Civil Veterinary Department. United Provinces 1923-31 - 1923-1931
Year: 1923
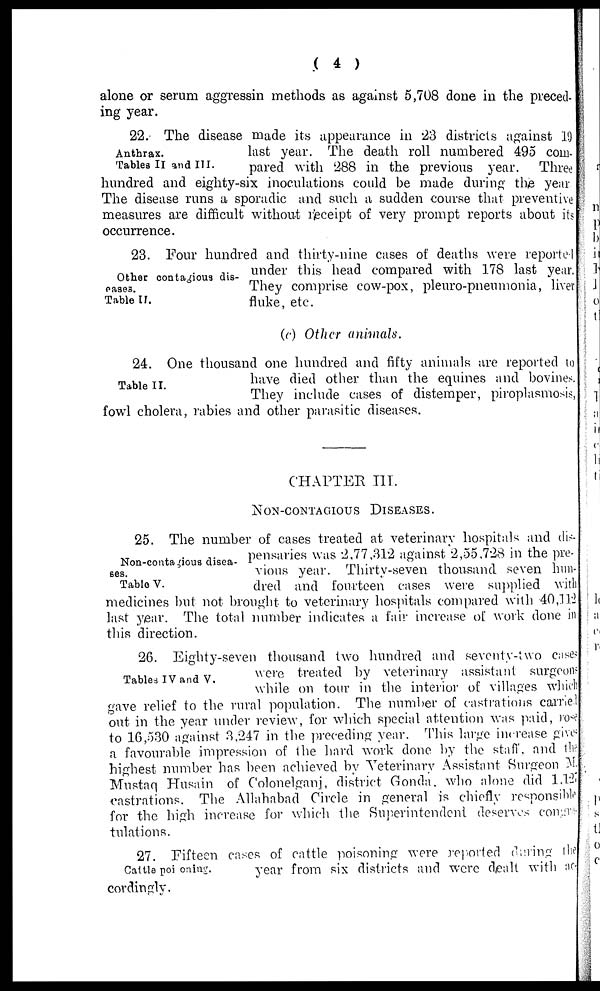
( 4 )
alone or serum aggressin methods as against 5,708 done in the preced-
ing year.
Anthrax.
Tables II and III.
22. The disease made its appearance in 23 districts against 19
last year. The death roll numbered 495 com-
pared with 288 in the previous year. Three
hundred and eighty-six inoculations could be made during the year.
The disease runs a sporadic and such a sudden course that preventive
measures are difficult without receipt of very prompt reports about its
occurrence.
Other contagious dis-
eases.
Table II.
23. Four hundred and thirty-nine cases of deaths were reported
under this head compared with 178 last year.
They comprise cow-pox, pleuro-pnennionia, liver
fluke, etc.
(c) Other animals.
Table II.
24. One thousand one hundred and fifty animals are reported to
have died other than the equines and bovines.
They include cases of distemper, piroplasmosis,
fowl cholera, rabies and other parasitic diseases.
CHAPTER III.
NON-CONTAGIOUS DISEASES.
Non-contagious disea-
ses.
Table V.
25. The number of cases treated at veterinary hospitals and dis-
pensaries was 2,77,312 against 2,55,728 in the pre-
vious year. Thirty-seven thousand seven hun-
dred and fourteen cases were supplied with
medicines but not brought to veterinary hospitals compared with 40,112
last year. The total number indicates a fair increase of work done in
this direction.
Tables IV and V.
26. Eighty-seven thousand two hundred and seventy-two cases
were treated by veterinary assistant surgeons
while on tour in the interior of villages which
gave relief to the rural population. The number of castratious carried
out in the year under review, for which special attention was paid, rose
to 16,530 against 3,247 in the preceding year. This large increase gives
a favourable impression of the hard work done by the staff, and the
highest number has been achieved by Veterinary Assistant Surgeon M.
Mustaq Husain of Colonelganj, district Gonda. who alone did l,127
castrations. The Allahabad Circle in general is chiefly responsible
for the high increase for which the Superintendent desenves congra-
tulations.
Cattle poi oning.
27. Fifteen cases of cattle poisoning were reported during the
year from six districts and were dealt with ac-
cordingly.